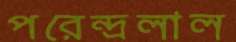
পরেন্দ্রলাল